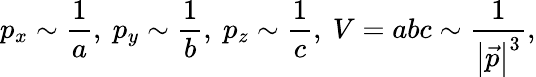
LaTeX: p_{x}\sim\frac 1a,\ p_{y}\sim\frac 1b,\ p_{z}\sim\frac 1c,\ V=abc\sim\frac 1{\left|\vec{p}\right|^{3}},